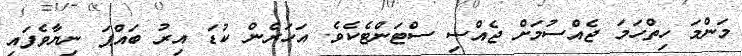
މަންމަ ހިތްހަމަ ޖެއްސުމަށް ޖެއްސި ސްޓަންޓެކެވެ. އަހަރެން ކުޑަ އިރު ބައްޕަ ނިޔާވެފައި